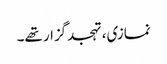
نمازی، تہجدگزار تھے۔